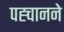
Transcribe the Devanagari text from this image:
पह्चानने